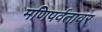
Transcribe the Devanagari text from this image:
मणिपर्वतावर